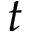
t